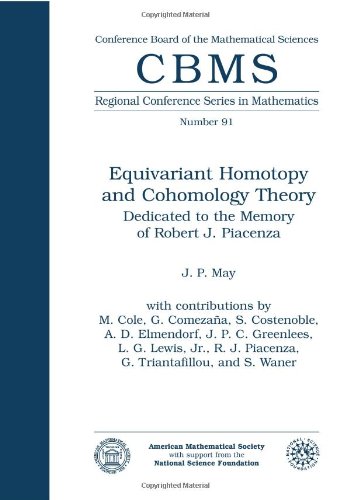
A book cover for Equivariant Homotopy and Cohomology Theory (Cbms Regional Conference Series in Mathematics); J. P. May; Science & Math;